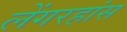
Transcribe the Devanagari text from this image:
लेंगरहांस